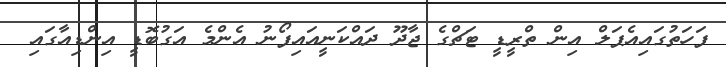
ފަހަތުގައިއެޕަލް އިން ތްރީޑީ ޓަޗްގެ ޖާދޫ ދައްކަނީއައިފޯނު އެންމެ އަގުބޮޑީ އިންޑިއާގައި